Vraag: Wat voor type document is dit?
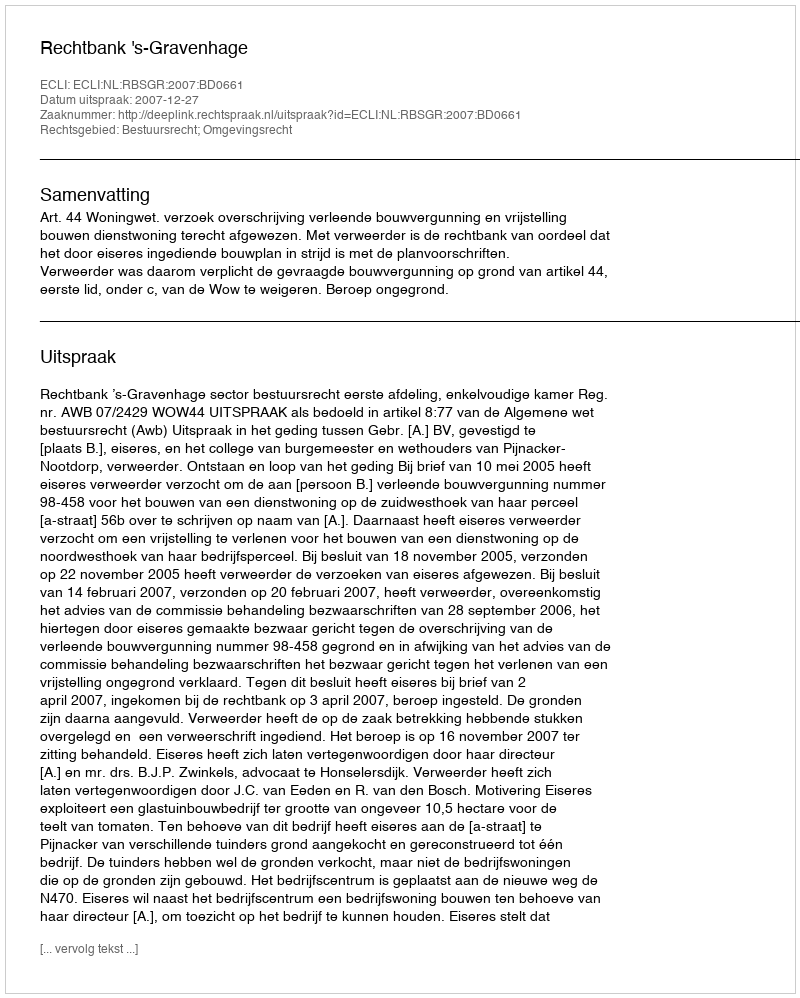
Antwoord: Uitspraak